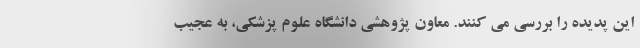
این پدیده را بررسی می کنند. معاون پژوهشی دانشگاه علوم پزشکی، به عجیب